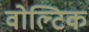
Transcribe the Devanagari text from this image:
वोल्टिक